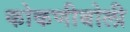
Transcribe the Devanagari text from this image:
कोकणीबोली